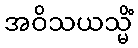
အဝိသယသ္မိံ